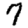
Digit: 7